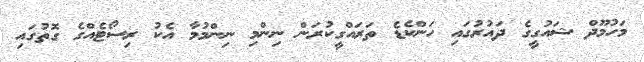
މަހުމޫދް ޝައުގީގެ ދައުރުގައި ހަންކެޑެ ތަރައްގީކުރަން ނިންމި ނިންމުމާ އެކު ރިސޯޓެއްގެ ގޮތުގައި